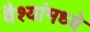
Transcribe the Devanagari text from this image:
वैश्यांमध्ये